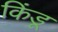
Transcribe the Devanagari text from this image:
किंडू